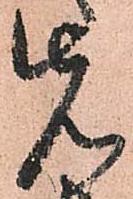
先